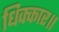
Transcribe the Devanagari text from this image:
धिक्कार॥